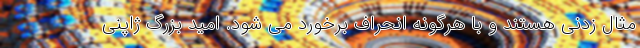
مثال زدنی هستند و با هرگونه انحراف برخورد می شود. امید بزرگ ژاپنی